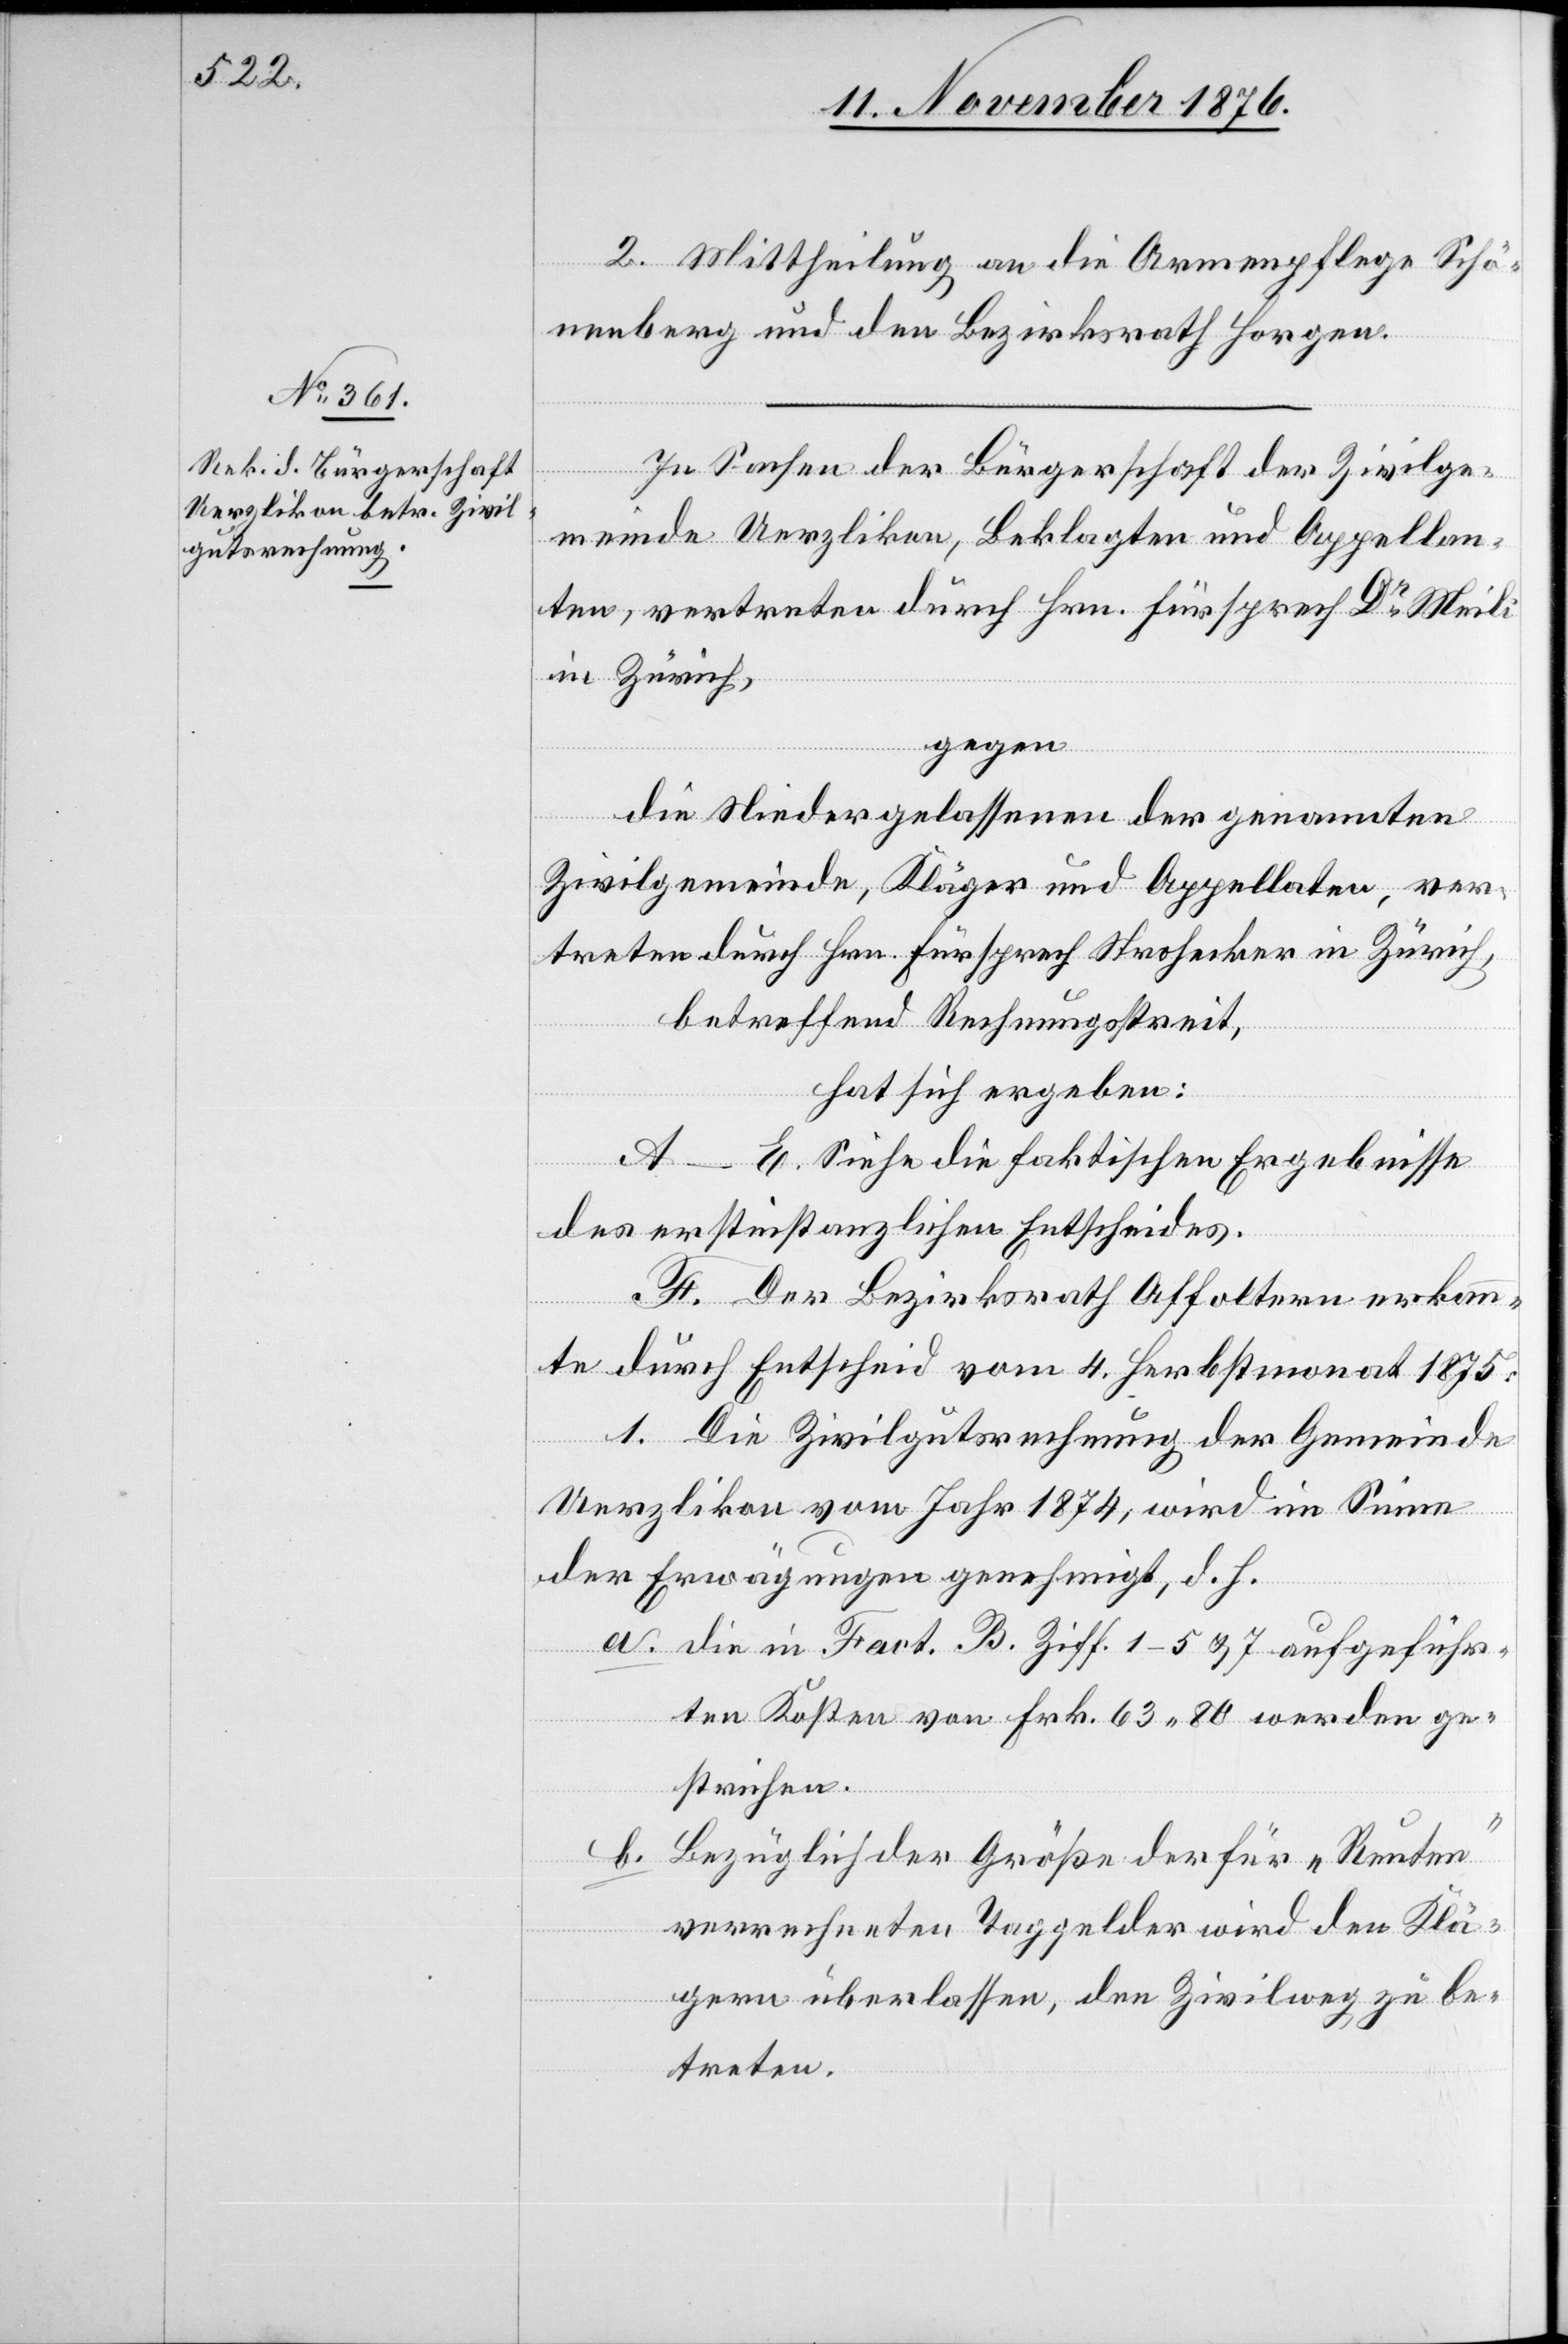
2. Mittheilung an die Armenpflege Schö¬
nenberg und den Bezirksrath Horgen.
In Sachen der Bürgerschaft der Zivilge¬
meinde Uerzlikon, Beklagten und Appellan¬
ten, vertreten durch Hrn. Fürsprech Dr Meili
in Zürich,
gegen
die Niedergelassenen der genannten
Zivilgemeinde, Kläger und Appellaten, ver¬
treten durch Hrn. Fürsprech Strohecker in Zürich,
betreffend Rechnungsstreit,
hat sich ergeben:
A–E. Siehe die faktischen Ergebnisse
des erstinstanzlichen Entscheides.
F. Der Bezirksrath Affoltern erkann¬
te durch Entscheid vom 4. Herbstmonat 1875:
1. Die Zivilgutsrechnung der Gemeinde
Uerzlikon vom Jahr 1874, wird im Sinne
der Erwägungen genehmigt, d. h.
a. die in Fact. B. Ziff. 1–5 & 7 aufgeführ¬
ten Kosten von Frk. 63 80 werden ge¬
strichen.
b. Bezüglich der Größe der für „Renten“
verrechneten Taggelder wird den Klä¬
gern überlassen, den Zivilweg zu be¬
treten.